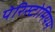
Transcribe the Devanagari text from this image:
पेरिस्टोमियम